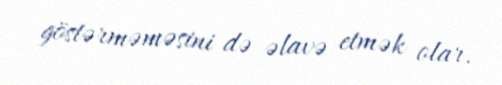
göstərməməsini də əlavə etmək olar.